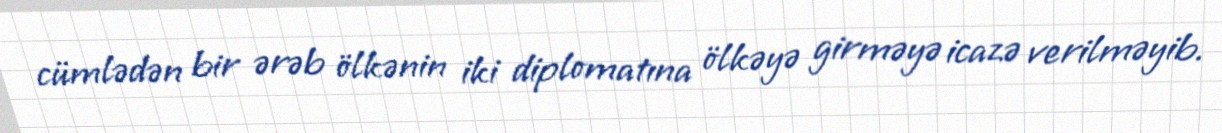
cümlədən bir ərəb ölkənin iki diplomatına ölkəyə girməyə icazə verilməyib.